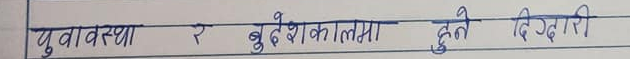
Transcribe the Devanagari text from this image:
युवावस्था र बुढेशकालमा हुने दिग्दारी